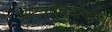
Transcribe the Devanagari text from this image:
भाटकरबुवांवरच